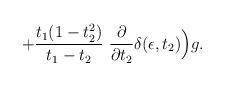
LaTeX: \begin{align*}+ {t_1 (1 - t_2^2)\over t_1 - t_2} ~ {\partial\over\partial t_2} \delta(\epsilon, t_2) \Big) g. \end{align*}